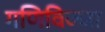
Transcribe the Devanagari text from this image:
गणिविज्जा